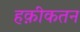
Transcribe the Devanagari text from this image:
हक़ीकतन